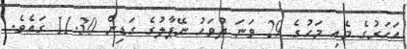
އަހަރުގެ މެއި މަހުގެ 29 ވަނަ ދުވަހު ނޭޕާލުގެ ގަޑިން 11.30 ގައެވެ.